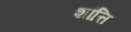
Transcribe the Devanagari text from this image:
शांत्ति